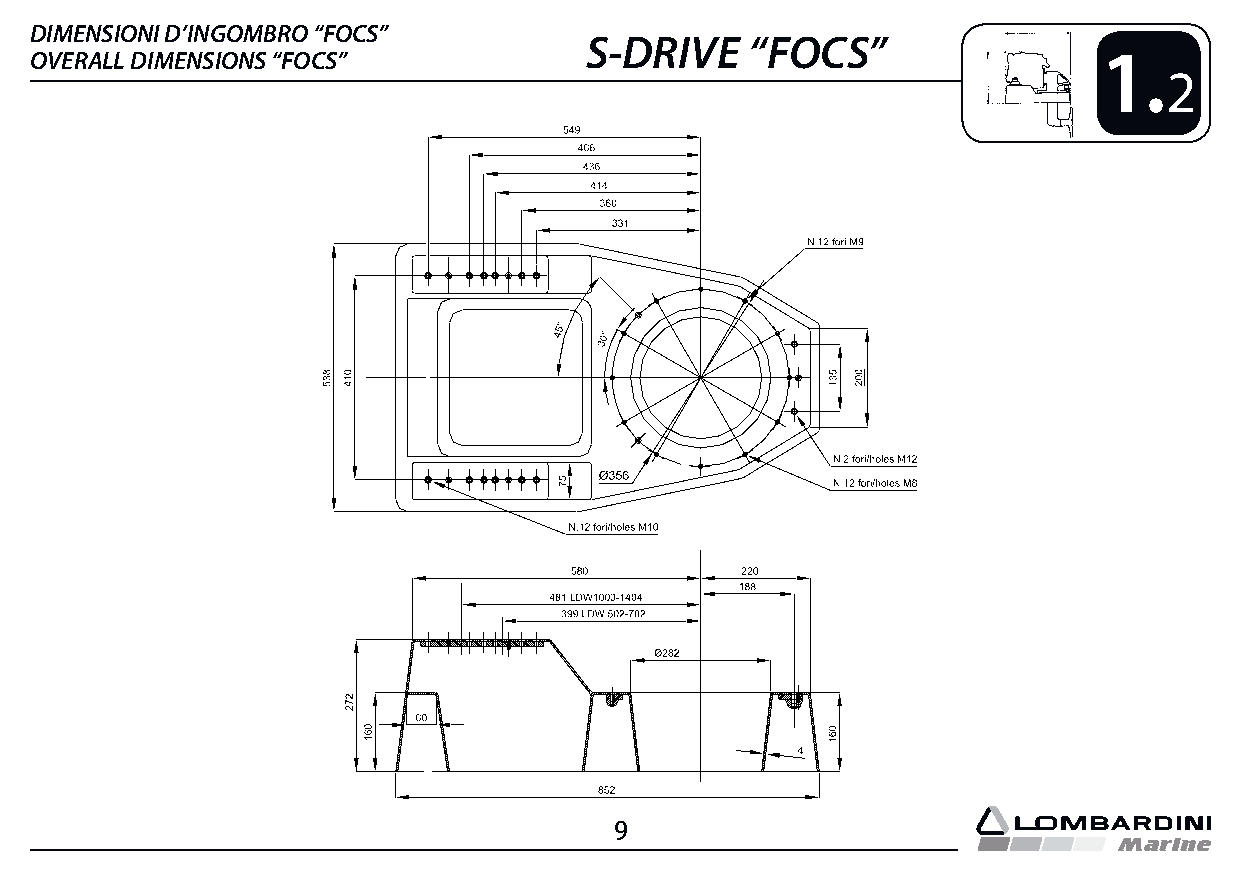
DIMENSIONI D’INGOMBRO “FOCS”
 S-DRIVE    “FOCS”
 OVERALL DIMENSIONS “FOCS”                                              1.
 2
 9